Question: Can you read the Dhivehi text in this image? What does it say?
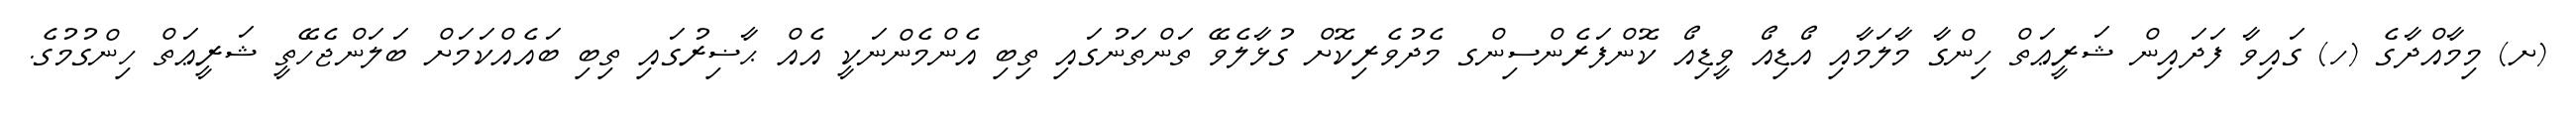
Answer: (ށ) މިމާއްދާގެ (ހ) ގައިވާ ފަދައިން ޝަރީޢަތް ހިންގާ މާލަމާއި އޯޑިއޯ ވީޑިއޯ ކޮންފަރެންސިންގ މެދުވެރިކޮށް ގުޅާލެވޭ ތަންތަނުގައި ތިބި އެންމެންނަކީ އެއް ޙާޟިރުގައި ތިބި ބައެއްކަމަށް ބަލަންޖެހޭތީ ޝަރީޢަތް ހިންގުމުގެ.